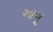
આબૂ